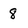
Character: 8